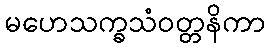
မဟေသက္ခသံဝတ္တနိကာ